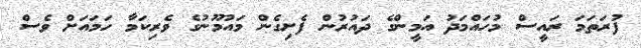
ފުރަތަމަ ރައީސް މުހައްމަދު އަމީންގެ ދައުރުން ފެށިގެން މައުމޫނުގެ ވެރިކަމާ ހަމައަށް ވެސް